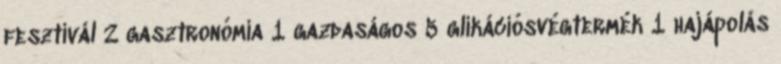
fesztivál 2 gasztronómia 1 gazdaságos 5 glikációsvégtermék 1 hajápolás